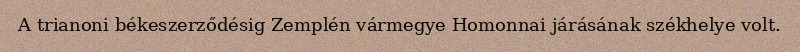
A trianoni békeszerződésig Zemplén vármegye Homonnai járásának székhelye volt.